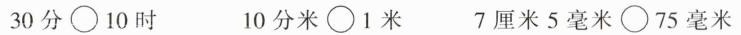
30分\circ 10时 10分米\circ 1米 7厘米5毫米\circ 75毫米